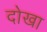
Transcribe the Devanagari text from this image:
दोखा